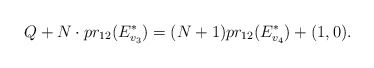
\begin{align*}Q+N\cdot pr_{12}(E^*_{v_3})=(N+1)pr_{12}(E^*_{v_4})+(1,0).\end{align*}